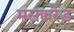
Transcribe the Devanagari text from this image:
मसक्वरेड